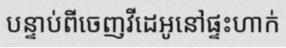
បន្ទាប់ពីចេញវីដេអូនៅផ្ទះហាក់